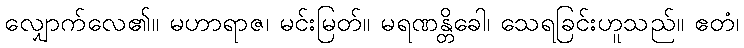
လျှောက်လေ၏။ မဟာရာဇ၊ မင်းမြတ်။ မရဏန္တိခေါ၊ သေရခြင်းဟူသည်။ ဧတံ၊